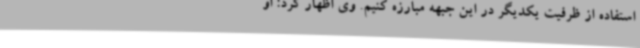
استفاده از ظرفیت یکدیگر در این جبهه مبارزه کنیم. وی اظهار کرد: او